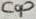
Text: Cop